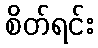
စိတ်ရင်း